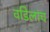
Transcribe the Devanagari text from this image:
वडिलांच